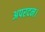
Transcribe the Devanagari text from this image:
अपरदन।